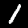
Label: 1